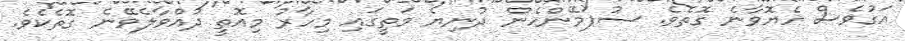
އަގުވެސް ހެޔޮވާނެ ގޮތެވެ. ސުޕަމޭންހެން ދުނިޔެ މަތީގައި މިހާރު މިއޮތީ ދުއްވާލެވޭނެ ގޮތެކެވެ.